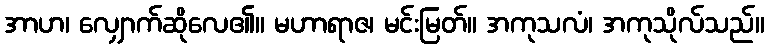
အာဟ၊ လျှောက်ဆိုလေ၏။ မဟာရာဇ၊ မင်းမြတ်။ အကုသလံ၊ အကုသိုလ်သည်။